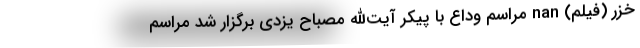
خزر (فیلم) nan مراسم وداع با پیکر آیت‌الله مصباح یزدی برگزار شد مراسم